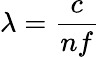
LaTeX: \lambda={\frac{c}{nf}}